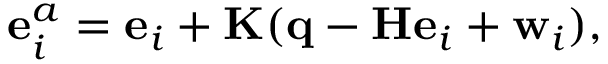
\mathbf { e } _ { i } ^ { a } = \mathbf { e } _ { i } + \mathbf { K } ( \mathbf { q } - \mathbf { H } \mathbf { e } _ { i } + \mathbf { w } _ { i } ) ,